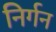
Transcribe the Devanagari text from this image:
निर्गन